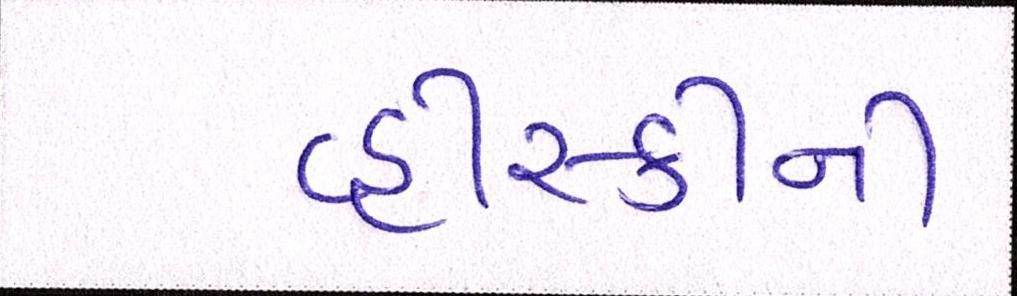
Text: વ્હીસ્કીની